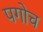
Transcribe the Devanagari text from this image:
पगोच